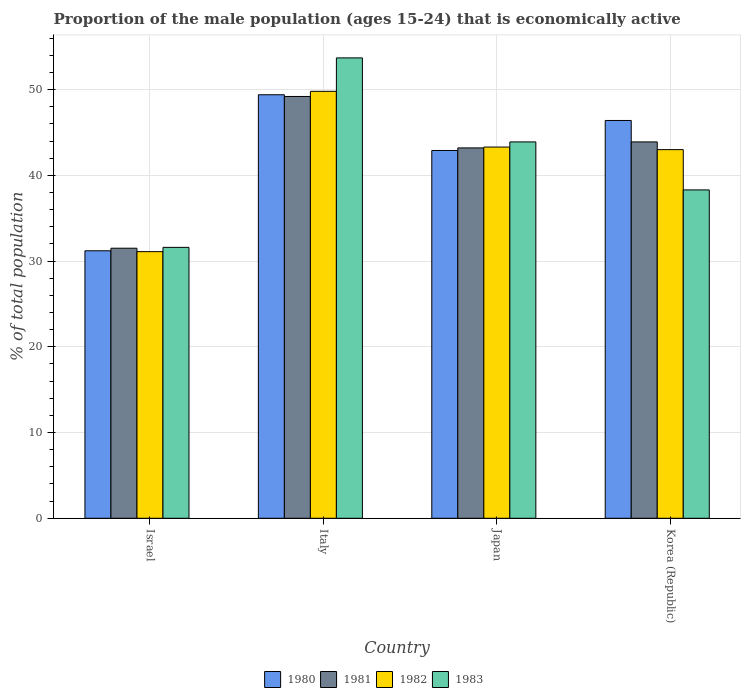
| Country | 1980 | 1981 | 1982 | 1983 |
 | --- | --- | --- | --- | --- |
 | Israel | 31.2 | 31.5 | 31.1 | 31.6 |
 | Italy | 49.4 | 49.2 | 49.8 | 53.7 |
 | Japan | 42.9 | 43.2 | 43.3 | 43.9 |
 | Korea (Republic) | 46.4 | 43.9 | 43 | 38.3 |